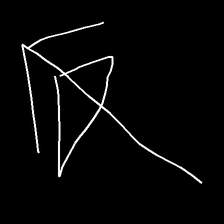
Glyph: pull